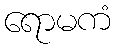
ရောမကံ